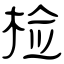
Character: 检